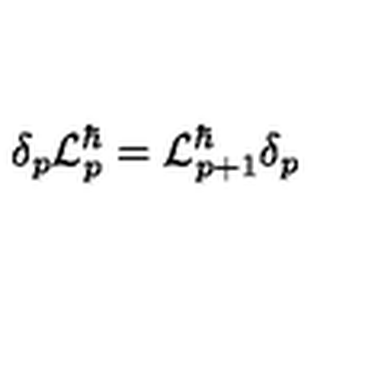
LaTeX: \delta _ { p } { \cal L } _ { p } ^ { \hbar } = { \cal L } _ { p + 1 } ^ { \hbar } \delta _ { p }